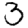
Digit: 3